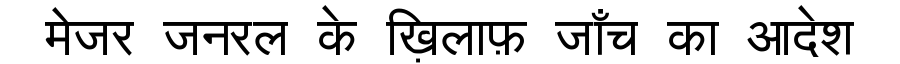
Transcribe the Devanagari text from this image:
मेजर जनरल के ख़िलाफ़ जाँच का आदेश